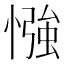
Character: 𢠌